Bréfritari: Jakobína Jónsdóttir
Viðtakandi: Sólveig Jónsdóttir
Dagsetning: A-1858-11-19
Skrifað á: Hólmum  S-Múl.
systir bréfviðtakanda

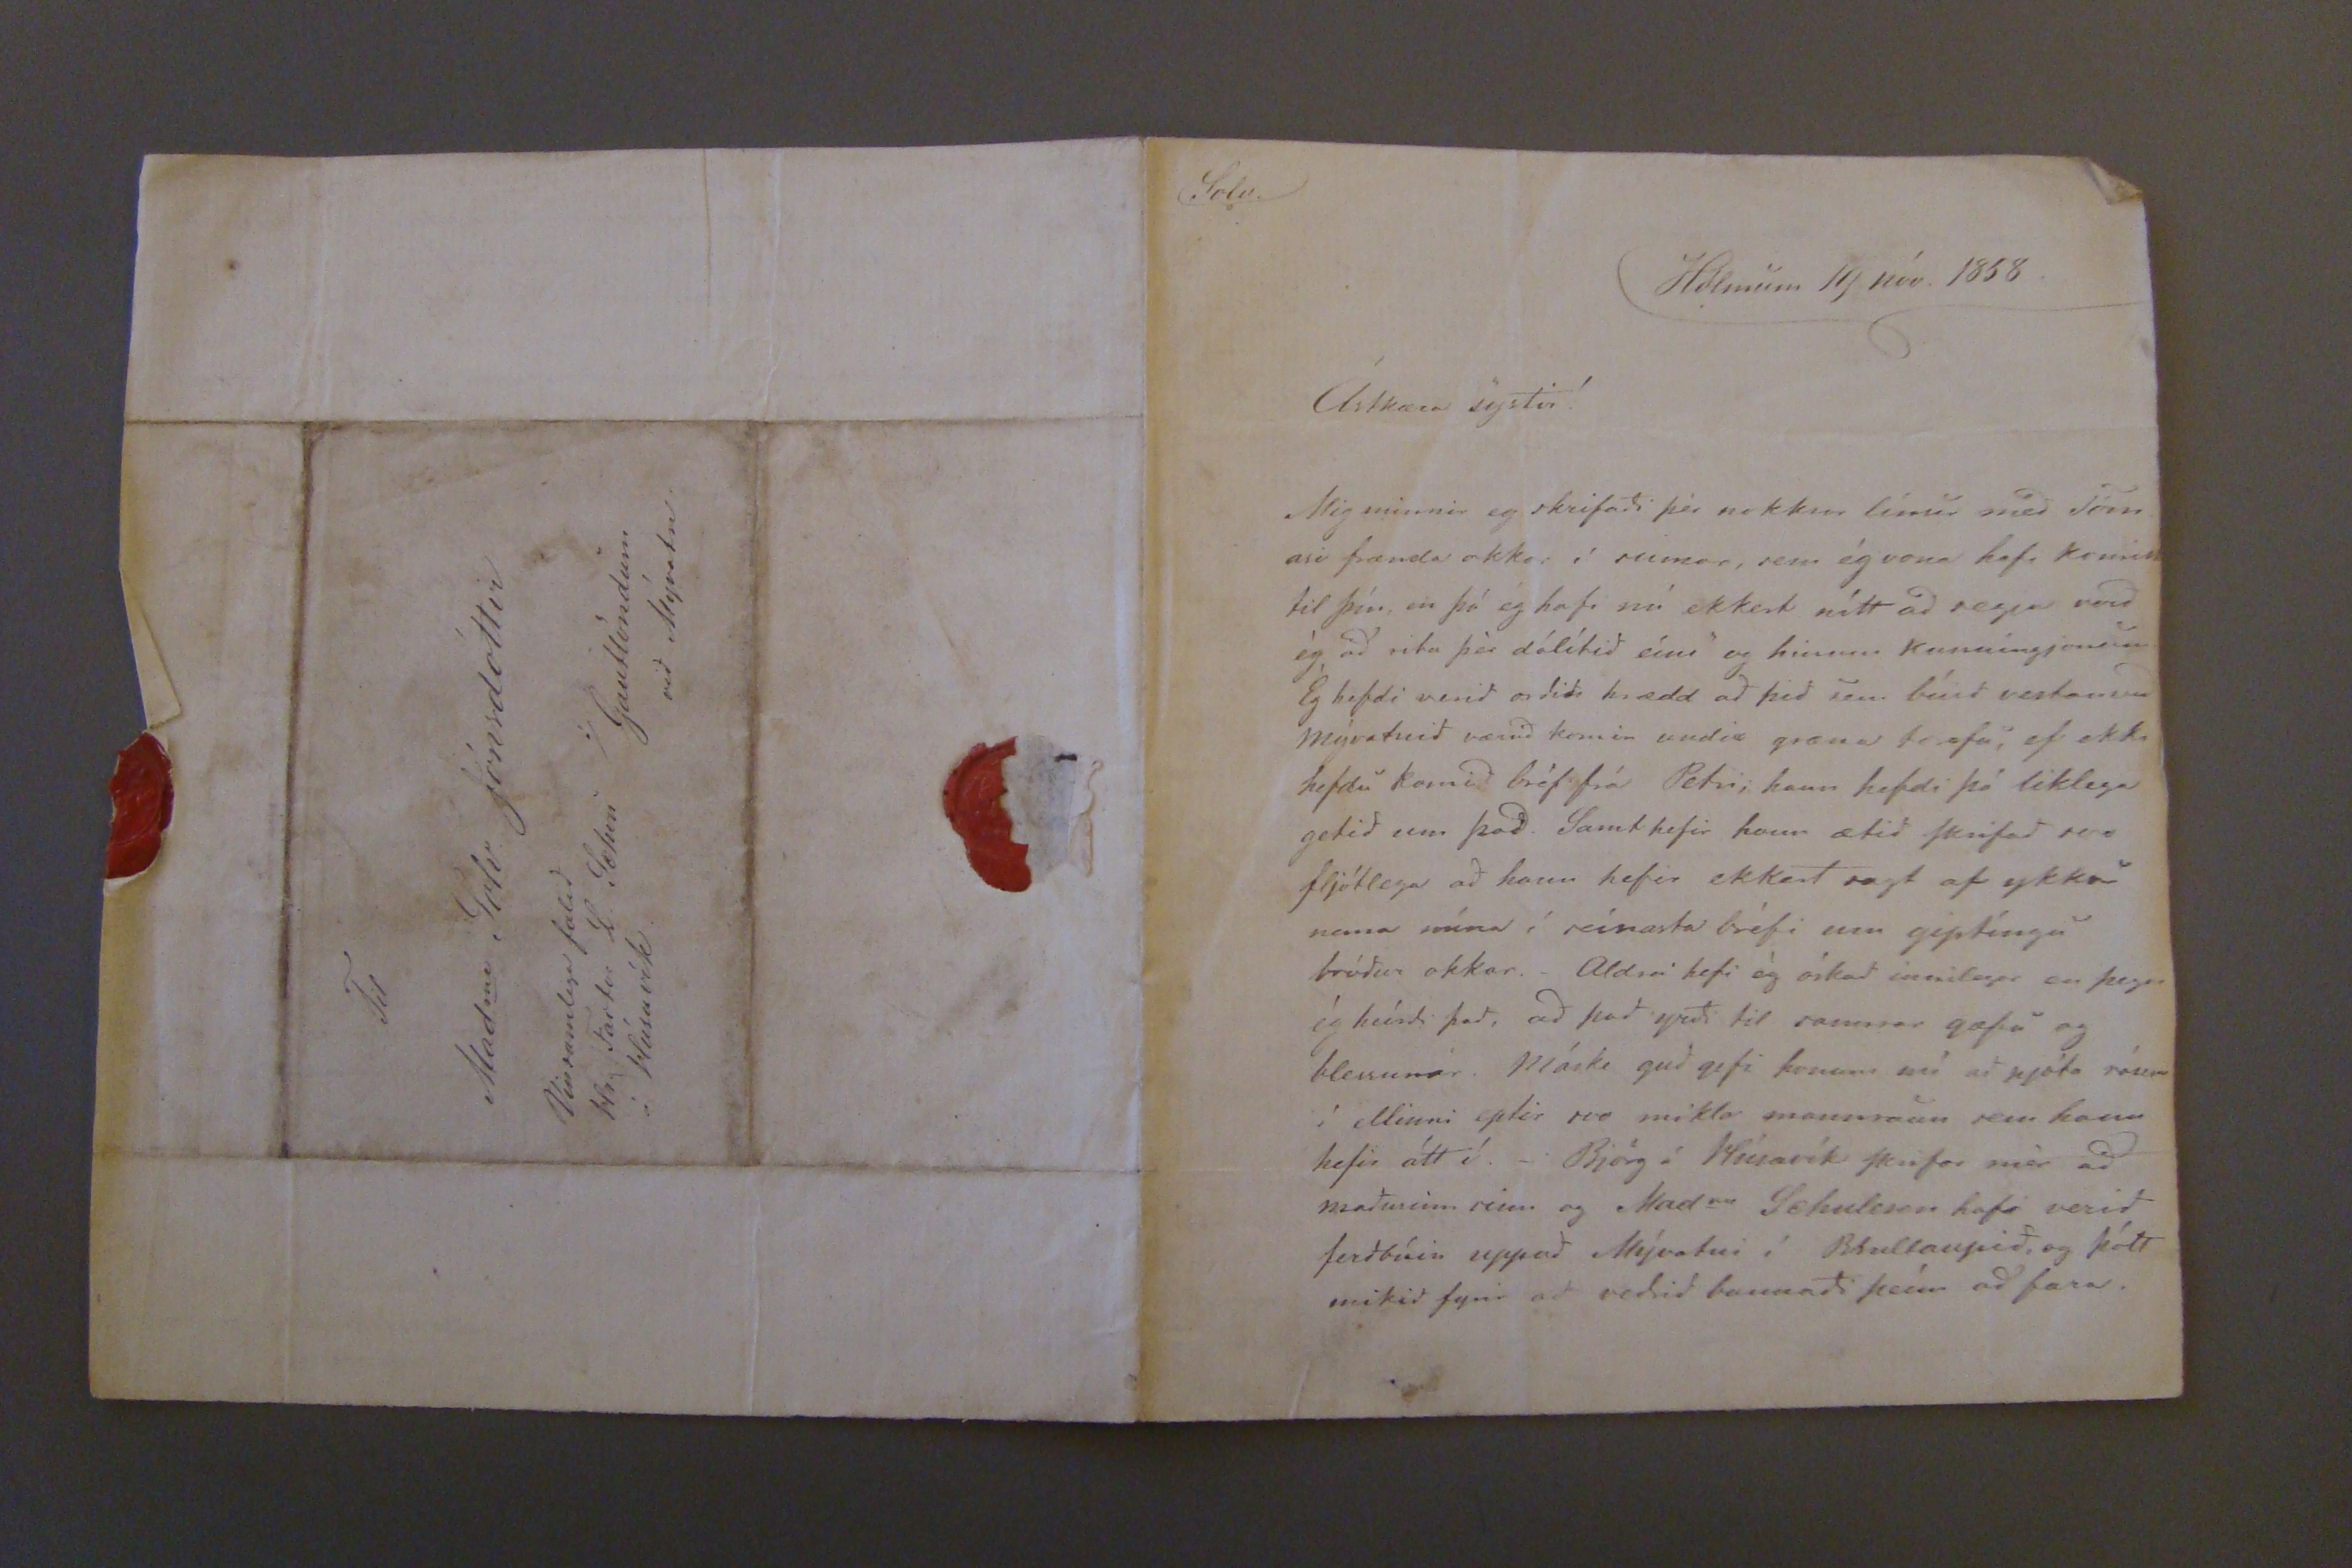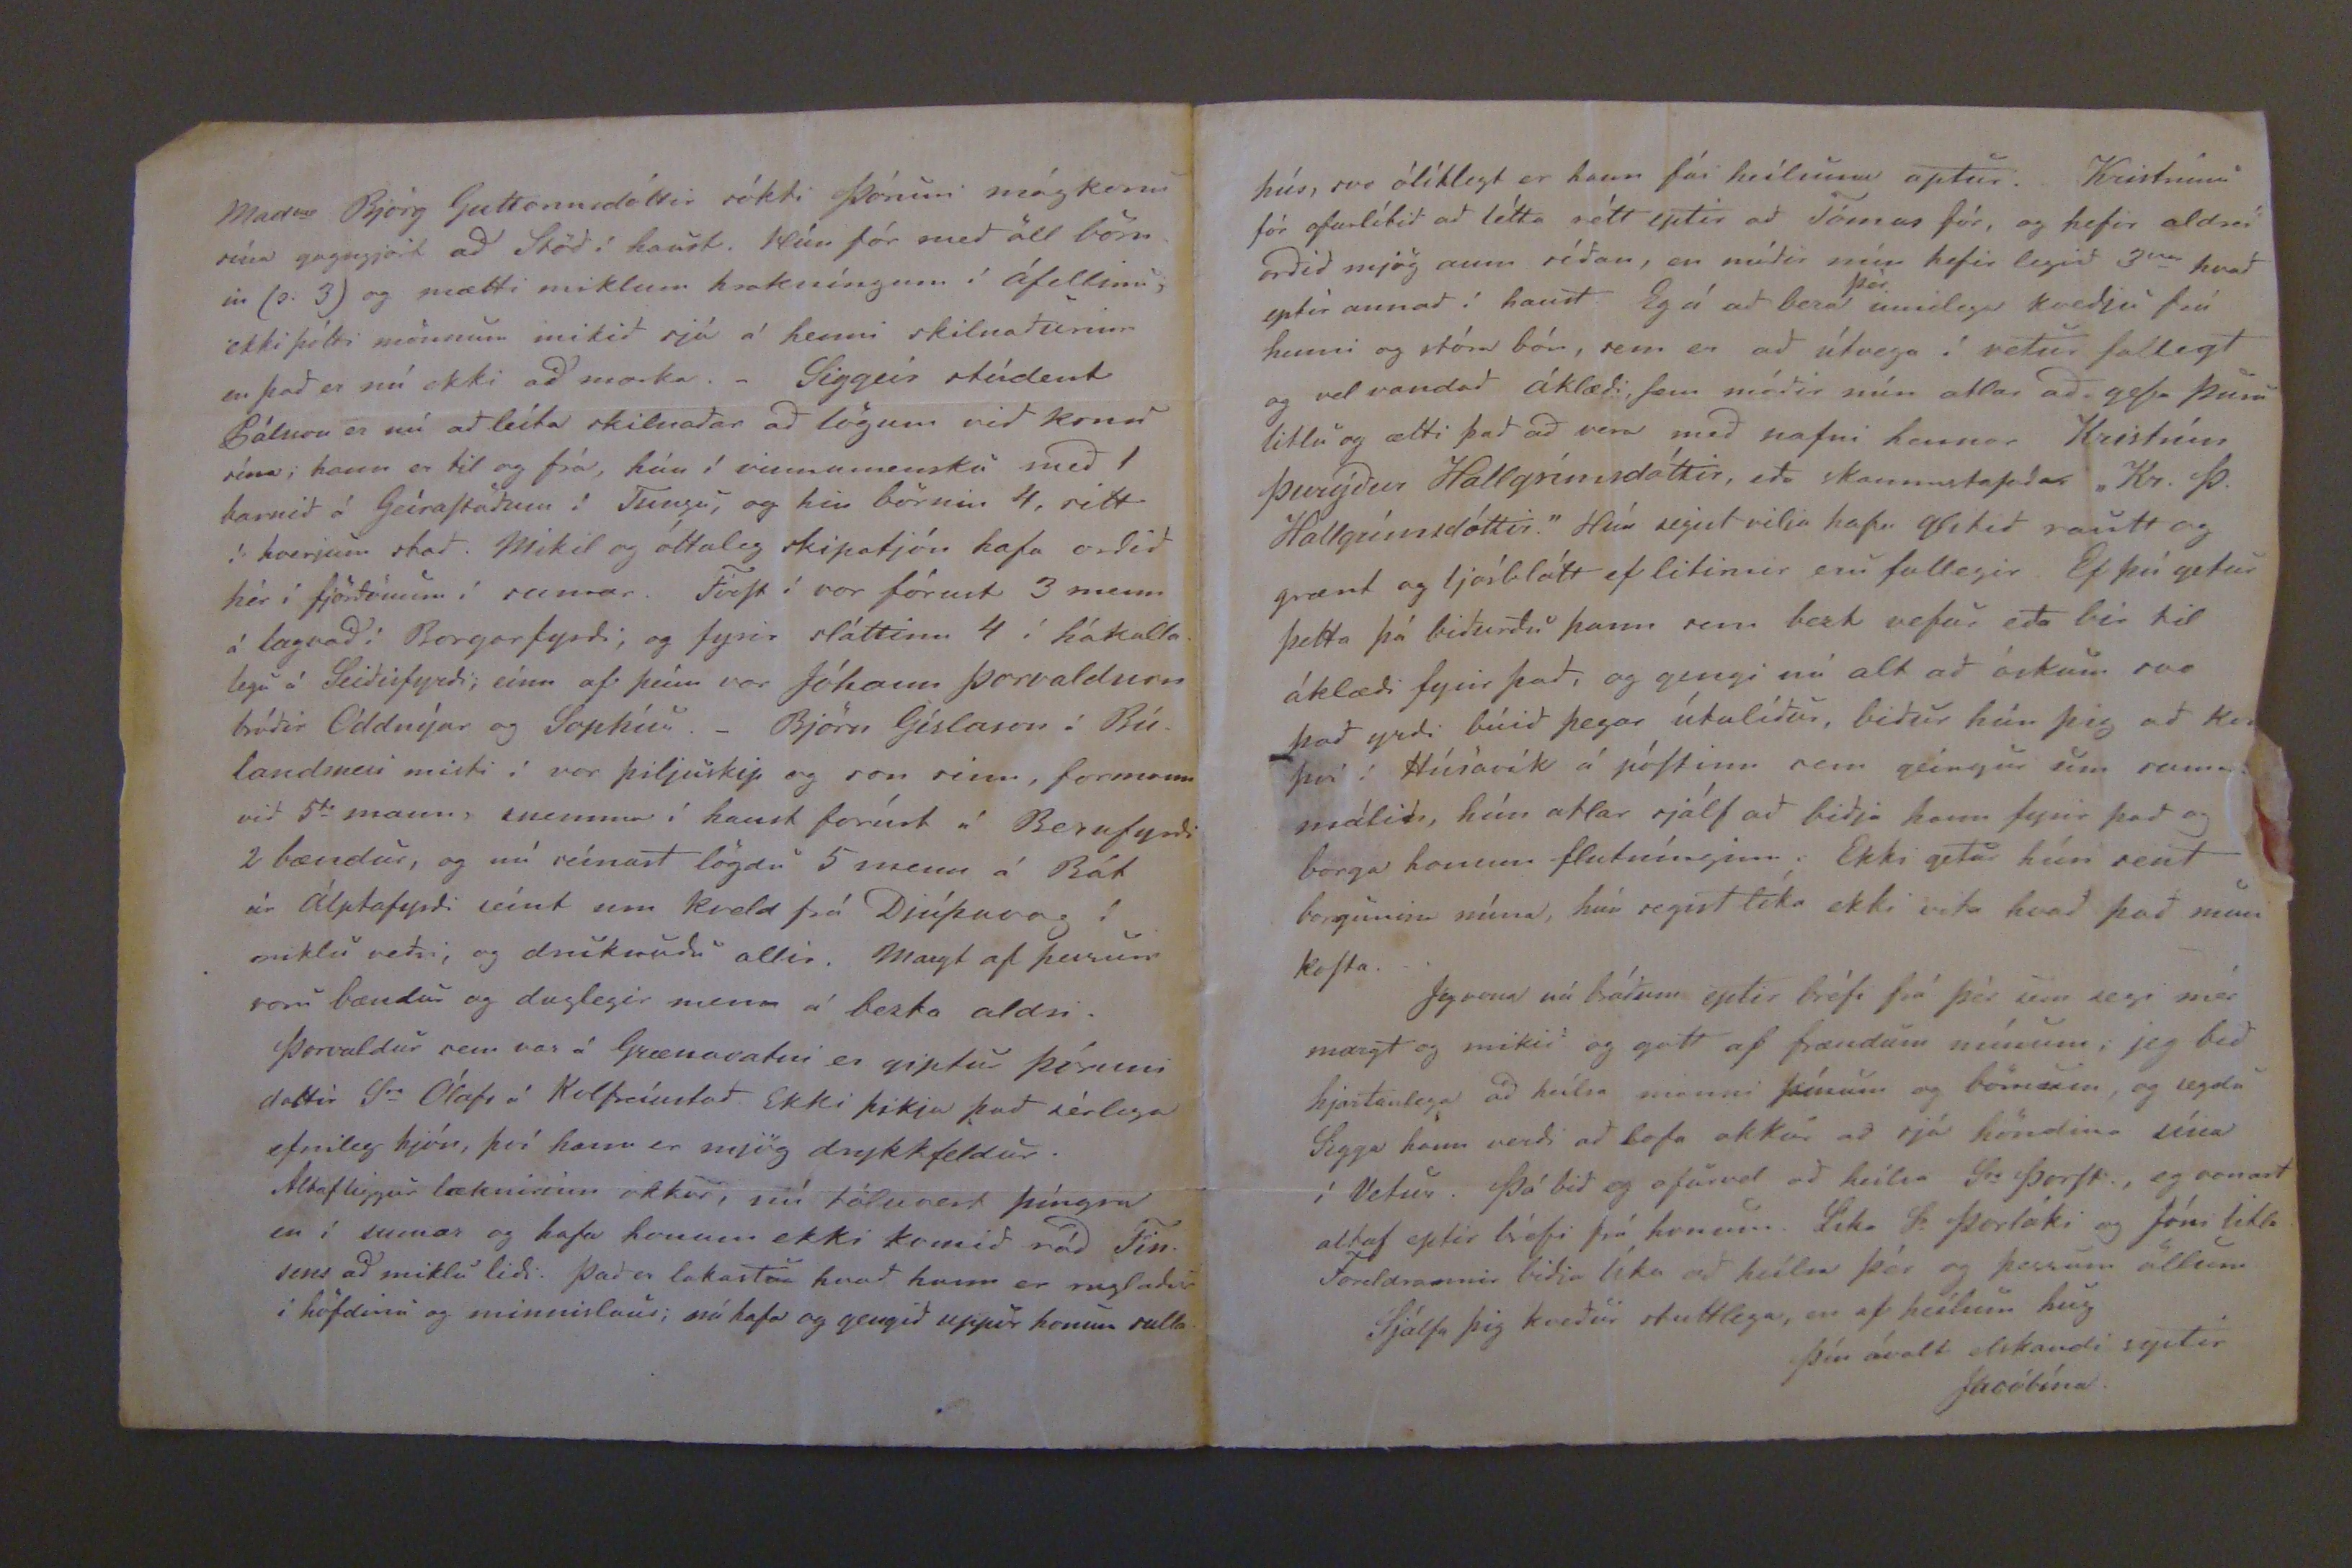

Solv.
Hólmum 19 nóv. 1858.
Ástkæra systir!
Mig minnir eg skrifadi þér nokkrar línur med Tómasi frænda okkar í sumar, sem ég vona hafi komist til þín, en þó eg hafi nú ekkert nítt ad segja verd ég ad vita þér dálítid eíns og hinum kunningjanum. Eg hefdi verid ordid hrædd ad þad sem búid vestan vid Mývatnid værid komin undir græna
trofu
, ef ekki hefdu komid bréf frá Petri; hann hefdi þó liklega getid um þad. Samt hefir hann ætid Skrifad svo fljótlega ad hann hefir ekkert sagt af ykkur nema mína í seínasta bréfi um giptíngu bródur okkar. -Aldrei hefi ég óskad innilegar en þegar ég heírdi þad, ad þad yrdi til sannrar gæfu og blessunar. Máske gud gefi honum nú ad njóta róum í ellinni eptir svo mikla mannraun sem hann hefir átt í. -Björg á Húsavík Skrifar mér ad madurinn sinn og Madm
Johuleson
hafi verid ferdbúin uppad Mývatni í Bóuhlaupid, og þótt mikid fyrir ad vedrid baunadi þeím ad fara.
Mad
m
Björg Guttormsdóttir sókti Þóruni mágkonu mína gagngjört ad Stöd í haust. Hún fór med öll börnin (s. 3) og mætti miklum hrakníngum í áfallinu, ekki þótti mönnum mikid sjá á henni skilnadurinn en þad er nú ekki ad marka. -Sigurgeír stúdent Pálsson er nú ad leíta skilnadar ad lögum vid konu sína; hann er til og frá, hún í vinnumensku med 1 barnid á GeíraStadömu í Tungu, og hin börnin 4, rétt í hverjum stad. Mikil og óttaleg skipatjón hafa ordid hér í fjördunum í sumar. FirSt í vor fórust 3 menn á lagnad í Borgarfyrdi, og fyrir sláttinn 4 í hákallalegu á Seídisfyrdi, eínn af þeím var Jóhann Þorvaldsson bródir Oddnýar og Sophíu. -Björn Gíslason í Búlandsnesi misti í vor þiljuskip og son sinn, formann vid 5
ta
mann. snemma í haust fórust í Berufyrdi 2 bændur, og nú seínast lögdu 5 menn á Bát úr Álptafyrdi seínt um kveld frá Djúpavog í miklu vedri, og druknudu allir. Margt af þessum voru bændur og duglegir menn á besta aldri.
Þorvaldur sem var á Grænavatni er giptur Þóruni dóttir Sr Ólafi á Kolbeínstad. Ekki þikja þad sérlega efnileg hjón, því hann er mjög drykkfeldur.
Altaf liggur læknirinn okkar, nú töruvert þíngra en í sumar og hafa honum ekki komid rád Finsens ad miklu lidi. Þad er lakasta hvad hann er rugladur í höfdinu og minnislaus; nú hafa og gengid uppúr honum salla
Til
Mad
m
Solv Jónsdóttir
Vinsamlega falid
Hr Fartar Y. Johan
í Húsavík
í/
Gaulöndum
vid Mývatn
hús, svo ólíklegt er hann fái hvíluna aptur. Kristinni fór ofurlítid ad létta rétt eptir ad Tómas fór, og hefir aldrei ordid mjög aum sídan, en módir mín hefir legid 3
var
hvad eptir annad í haust. Eg á ad bera
þér
innilega kvedju frá henni og stóra bón, sem er ad útvega í vetur fallegt og vel vandad áklædi, þvi módir mín ætlar ad gefa þeim litlu og ætti þad ad vera med nafni hennar Kristrún Þurýdur Hallgrímsdóttir, eda skammstafadar "Kr. Þ. Hallgrímsdóttir." Hún segist vilja hafa glitid rautt og grænt og ljósblátt ef litirnir eru fallegir. Ef þú getur þetta þá bidurdu þann sem bezt vefur eda bír til áklædi fyrir þad, og gengi nú alt ad óskum svo þad yrdi búid þegar útilídur, bidur hún þig ad kom því í Húsavík á póStinn sem geingur um suma
málid, hún ætlar sjálf ad bidja hann fyrir þad og borga honum flutínginn. Ekki getur hún sent borgunina núna, hún segist líka ekki vita hvad þad mun koSta.
fyrma nú bádum eptir bréfi frá þér sem segi mér margt og mikid og gott af frændum mínum, jeg bid hjartanlega ad heílsa manni þínum og börnum og segdu Sigga hann verdi ad lofa okkur ad sjá höndina sína í Vetur. Þá bid eg ofurvel ad heilsa Sr ÞorSt., eg vonast altaf eptir bréfi frá honum. Líka Sr Þorláki og Jóni litla Foreldrarnir bidja líka ad heílsa þér og þessum öllum
Sjálfa þig kvedur stuttlega, en af heilum hug
Þín ávalt elskandi systir
Jacóbína